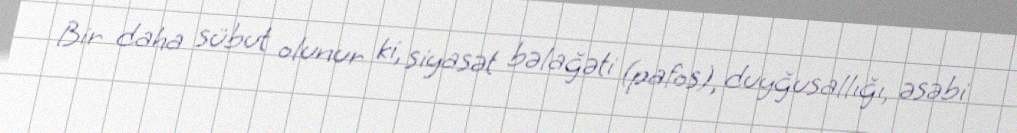
Bir daha sübut olunur ki, siyasət bəlağəti (pafos), duyğusallığı, əsəbi